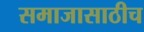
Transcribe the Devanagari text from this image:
समाजासाठीच